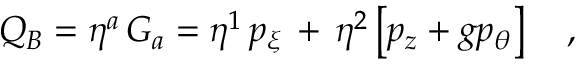
Q _ { B } = \eta ^ { a } \, G _ { a } = \eta ^ { 1 } \, p _ { \xi } \, + \, \eta ^ { 2 } \left[ p _ { z } + g p _ { \theta } \right] \ \ \ ,